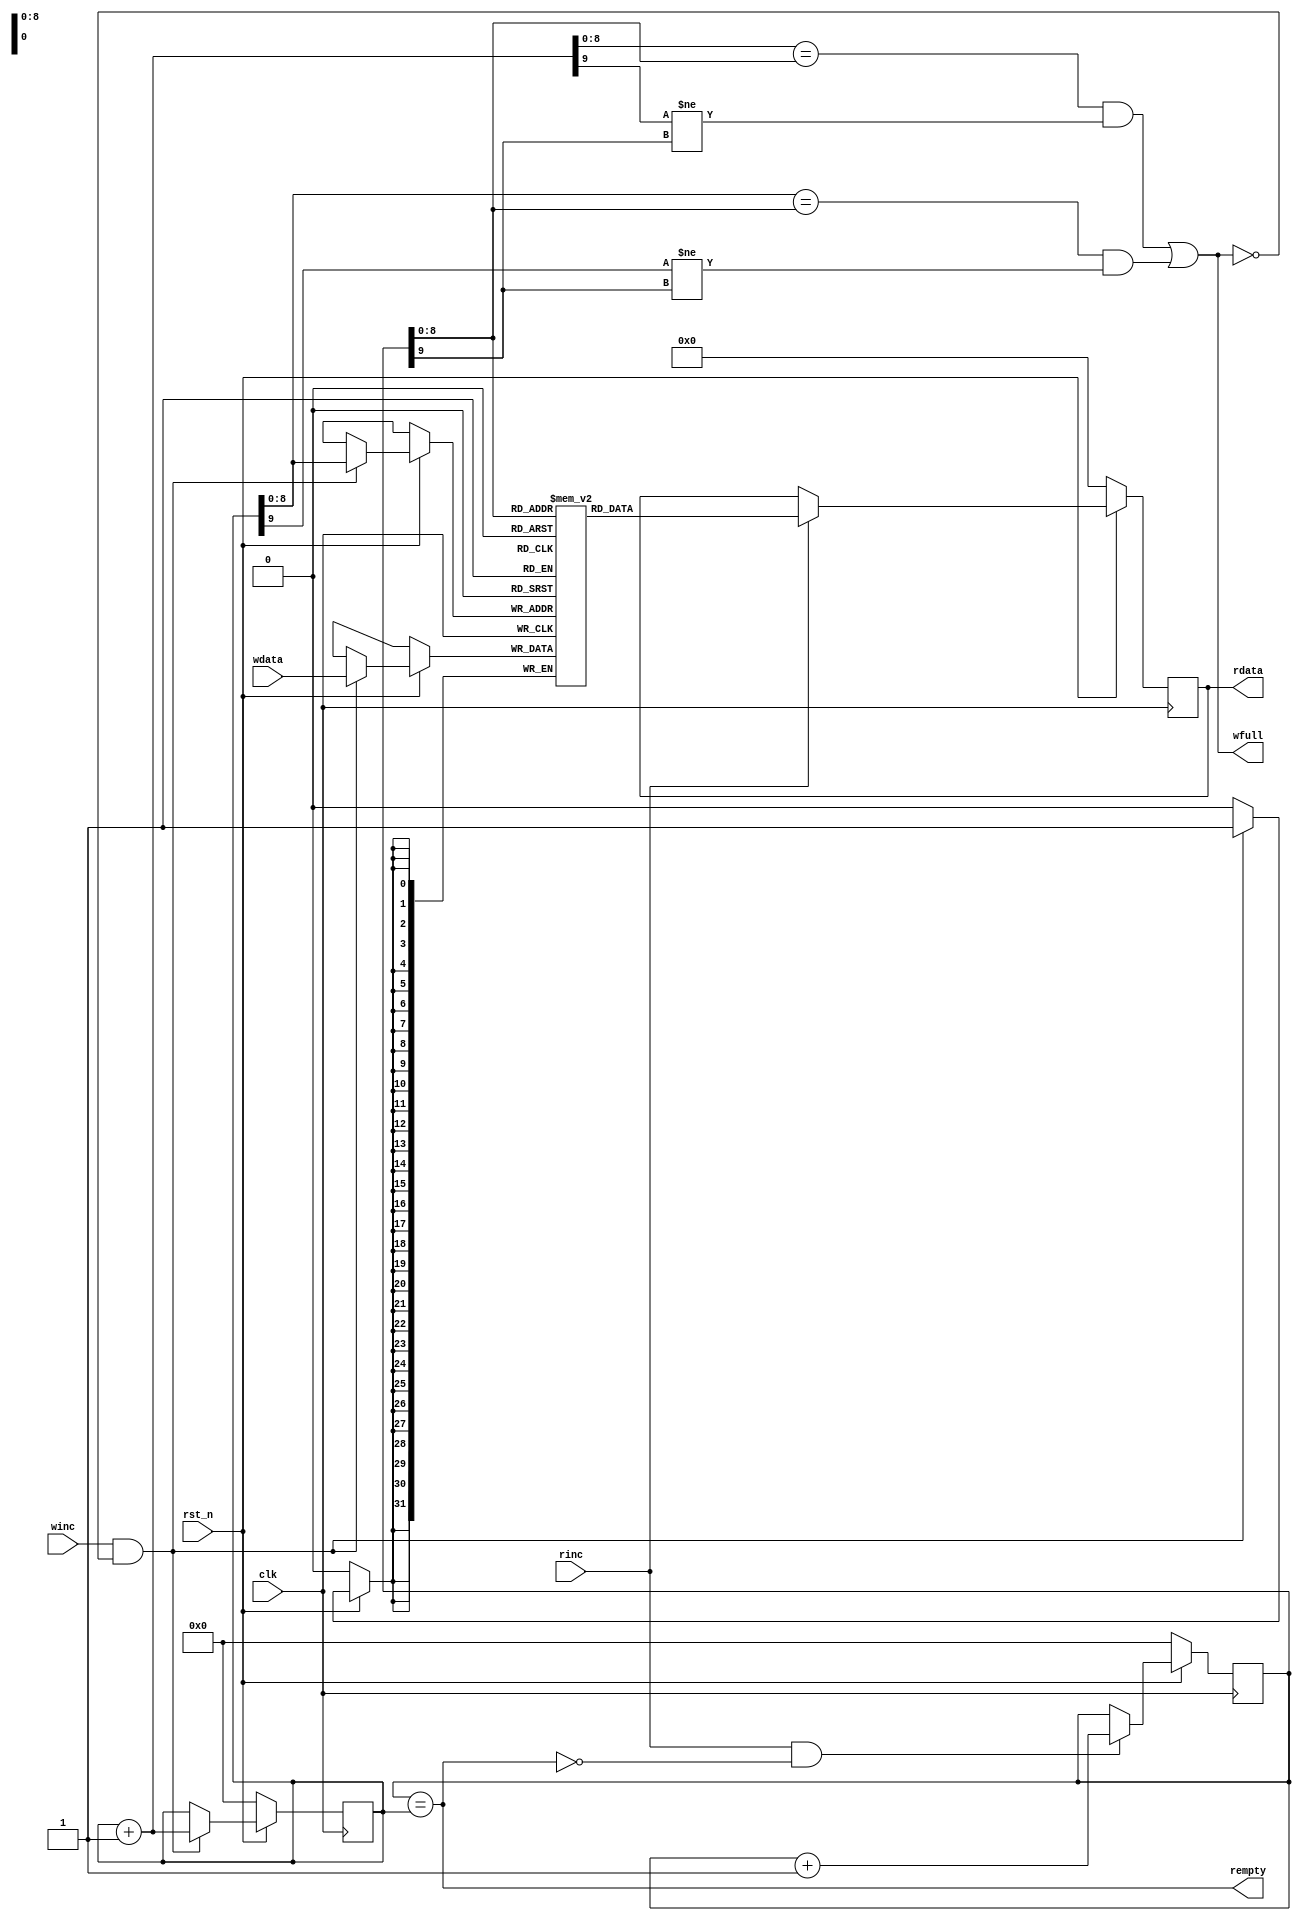
module SynFIFO (
	clk,
	rst_n,
	rdata, 
	wfull, 
	rempty, 
	wdata,
	winc, 
	rinc
	);
	
parameter DSIZE = 32;
parameter ASIZE = 9;
parameter MEMDEPTH = 1<<ASIZE;
parameter RAM_TYPE = "block";     // Type of RAM: string; "auto", "block", or "distributed";

output reg [DSIZE-1:0] rdata;
output wfull;
output rempty;

input [DSIZE-1:0] wdata;
input winc, rinc, clk, rst_n;

reg [ASIZE:0] wptr;
reg [ASIZE:0] rptr;
(* ram_style = RAM_TYPE *) reg [DSIZE-1:0] ex_mem [0:MEMDEPTH-1];
wire [DSIZE-1:0] rdata_tmp;

wire wfull_r;
wire [ASIZE:0] wptr_1;

always @(posedge clk)
	if (!rst_n) wptr <= 0;
	else if (winc && !wfull) begin
		ex_mem[wptr[ASIZE-1:0]] <= wdata;
		wptr <= wptr+1;
	end


always @(posedge clk)
	if (!rst_n) rptr <= 0;
	else if (rinc && !rempty) rptr <= rptr+1;

assign wptr_1 = wptr + 1;	
assign rdata_tmp = ex_mem[rptr[ASIZE-1:0]];
assign rempty = (rptr == wptr);
assign wfull = ((wptr_1[ASIZE-1:0] == rptr[ASIZE-1:0]) && (wptr_1[ASIZE] != rptr[ASIZE])) || wfull_r;
assign wfull_r = (wptr[ASIZE-1:0] == rptr[ASIZE-1:0]) && (wptr[ASIZE] != rptr[ASIZE]);

always @(posedge clk) begin
    if(!rst_n) begin
        rdata <= 0;
    end else if(rinc) begin
        rdata <= rdata_tmp;
    end else begin
        rdata <= rdata;
    end
end




endmodule